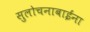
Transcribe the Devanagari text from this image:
सुलोचनाबाईंना